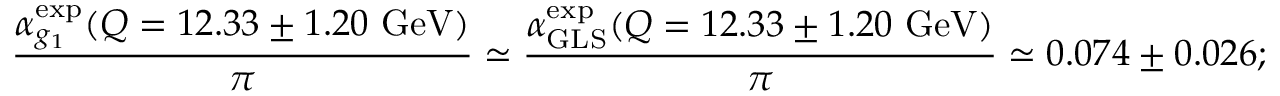
{ \frac { \alpha _ { g _ { 1 } } ^ { \mathrm { e x p } } ( Q = 1 2 . 3 3 \pm 1 . 2 0 ~ \mathrm { G e V } ) } { \pi } } \simeq { \frac { \alpha _ { \mathrm { G L S } } ^ { \mathrm { e x p } } ( Q = 1 2 . 3 3 \pm 1 . 2 0 ~ \mathrm { G e V } ) } { \pi } } \simeq 0 . 0 7 4 \pm 0 . 0 2 6 ;